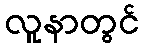
လူနာတွင်